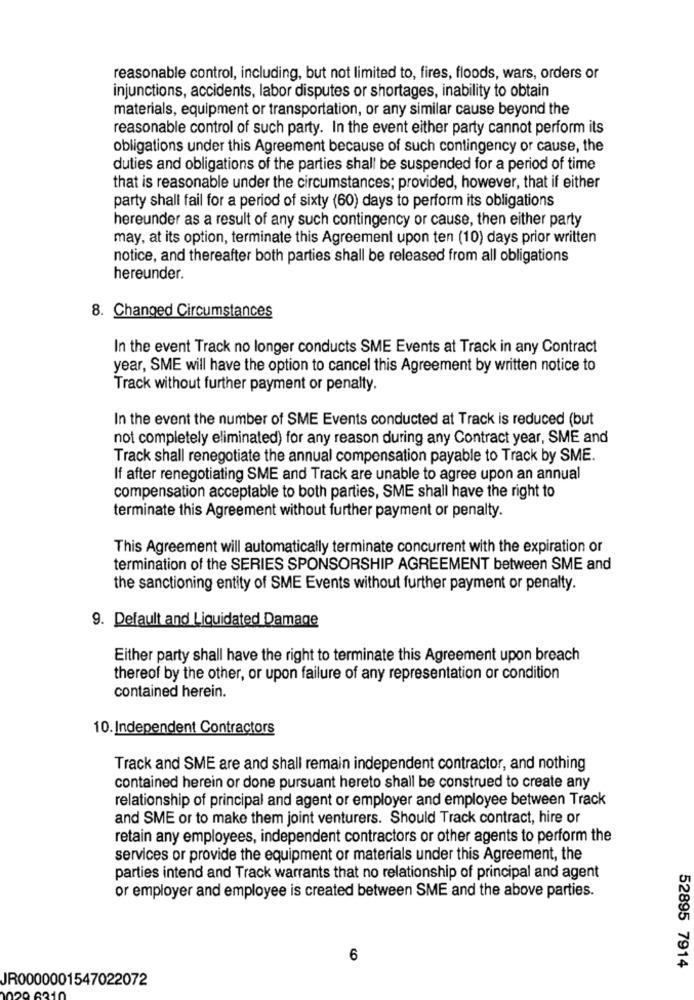
reasonable control, including, but not limited to, fires, floods, wars, orders or
injunctions, accidents, labor disputes or shortages, inability to obtain
materials, equipment or transportation, or any similar cause beyond the
reasonable control of such party. In the event either party cannot perform its
obligations under this Agreement because of such contingency or cause, the
duties and obligations of the parties shall be suspended for a period of time
that is reasonable under the circumstances; provided, however, that if either
party shall fail for a period of sixty (60) days to perform its obligations
hereunder as a result of any such contingency or cause, then either party
may, at its option, terminate this Agreement upon ten (10) days prior written
notice, and thereafter both parties shall be released from all obligations
hereunder.
8. Changed Circumstances
In the event Track no longer conducts SME Events at Track in any Contract
year, SME will have the option to cancel this Agreement by written notice to
Track without further payment or penalty.
In the event the number of SME Events conducted at Track is reduced (but
not completely eliminated) for any reason during any Contract year, SME and
Track shall renegotiate the annual compensation payable to Track by SME.
If after renegotiating SME and Track are unable to agree upon an annual
compensation acceptable to both parties, SME shall have the right to
terminate this Agreement without further payment or penalty.
This Agreement will automatically terminate concurrent with the expiration or
termination of the SERIES SPONSORSHIP AGREEMENT between SME and
the sanctioning entity of SME Events without further payment or penalty.
9. Default and Liquidated Damage
Either party shall have the right to terminate this Agreement upon breach
thereof by the other, or upon failure of any representation or condition
contained herein.
10. Independent Contractors
Track and SME are and shall remain independent contractor, and nothing
contained herein or done pursuant hereto shall be construed to create any
relationship of principal and agent or employer and employee between Track
and SME or to make them joint venturers. Should Track contract, hire or
retain any employees, independent contractors or other agents to perform the
services or provide the equipment or materials under this Agreement, the
parties intend and Track warrants that no relationship of principal and agent
or employer and employee is created between SME and the above parties.
6
52895 7914
JR0000001547022072